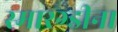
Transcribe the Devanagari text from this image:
स्मारग्डीना